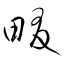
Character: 畷